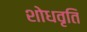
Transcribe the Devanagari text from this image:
शोधवृति